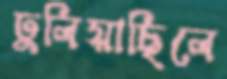
ঢুলিয়াছিলে